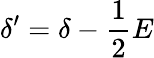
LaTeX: \delta^{\prime}=\delta-\frac{1}{2}E